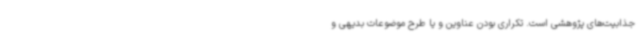
جذابیت‌های پژوهشی است. تکراری بودن عناوین و یا طرح موضوعات بدیهی و